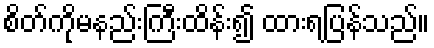
စိတ်ကိုမနည်းကြီးထိန်း၍ ထားရပြန်သည်။